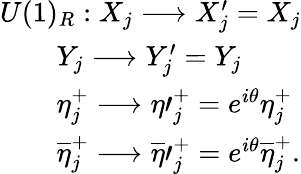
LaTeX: \begin{array}{lcr}{{U(1)_{R}:X_{j}\longrightarrow X_{j}^{\prime}=X_{j}}}\\ {{\qquad Y_{j}\longrightarrow Y_{j}^{\prime}=Y_{j}}}\\ {{\qquad\eta_{j}^{+}\longrightarrow\eta\prime_{j}^{+}=e^{i\theta}\eta_{j}^{+}}}\\ {{\qquad\overline{{{\eta}}}_{j}^{+}\longrightarrow\overline{{{\eta}}}\prime_{j}^{+}=e^{i\theta}\overline{{{\eta}}}_{j}^{+}.}}\end{array}